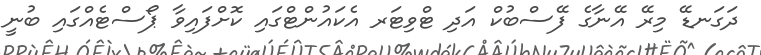
ދަގަނޑޭ މިރޭ އޭނާގެ ފޭސްބުކް އަދި ޓްވިޓަރ އެކައުންޓްގައި ކޮށްފައިވާ ޕޯސްޓެއްގައި ބުނީ